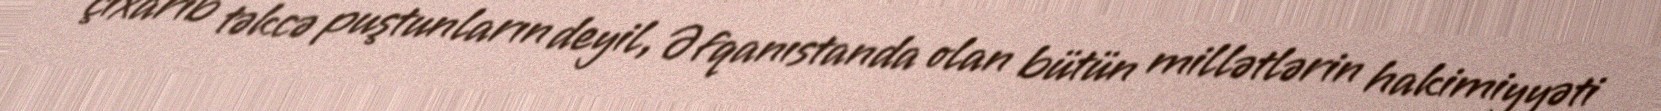
çıxarıb təkcə puştunların deyil, Əfqanıstanda olan bütün millətlərin hakimiyyəti